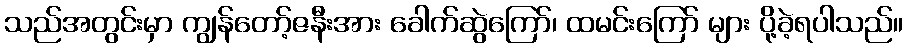
သည်အတွင်းမှာ ကျွန်တော့်ဇနီးအား ခေါက်ဆွဲကြော်၊ ထမင်းကြော် များ ပို့ခဲ့ရပါသည်။